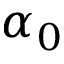
\alpha _ { 0 }